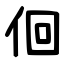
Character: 佪